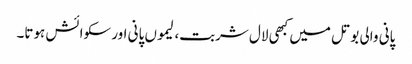
پانی والی بوتل میں کبھی لال شربت، لیموں پانی اور سکوائش ہوتا۔